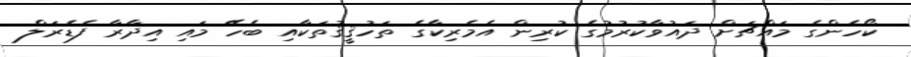
ކޯހެންގެ މައްޗަށް ދައުވާކުރުމުގެ ކުރިން އެމެރިކާގެ ތަހުޤީޤުތަކާއި ބެހޭ މައި އިދާރާ ފެޑެރަލް